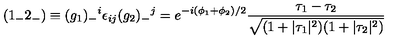
( { 1 _ { - } 2 _ { - } } ) \equiv ( g _ { 1 } ) _ { - } { } ^ { i } \epsilon _ { i j } ( g _ { 2 } ) _ { - } { } ^ { j } = e ^ { - i { ( \phi _ { 1 } + \phi _ { 2 } ) / 2 } } \frac { \tau _ { 1 } - \tau _ { 2 } } { \sqrt { ( 1 + | \tau _ { 1 } | ^ { 2 } ) ( 1 + | \tau _ { 2 } | ^ { 2 } ) } }